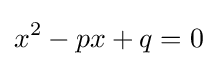
x^{2}-px+q=0